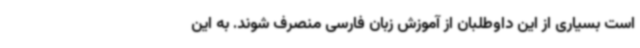
است بسیاری از این داوطلبان از آموزش زبان فارسی منصرف شوند. به این